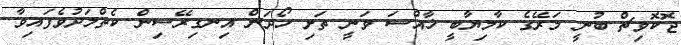
ޖޮކޮވިޗް ބުނީ މަރޭގެ ކާމިޔާބީ ޚާއްސަ ވަނީ ތަށި ހޯދަން އިނގިރޭސިން ކެތްމަދުވެފައިވާ